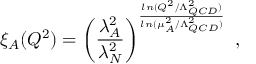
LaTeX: \xi _ { A } ( Q ^ { 2 } ) = \left( \frac { \lambda _ { A } ^ { 2 } } { \lambda _ { N } ^ { 2 } } \right) ^ { \frac { l n ( Q ^ { 2 } / \Lambda _ { Q C D } ^ { 2 } ) } { l n ( \mu _ { A } ^ { 2 } / \Lambda _ { Q C D } ^ { 2 } ) } } ~ ,